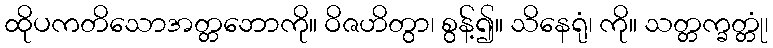
ထိုပကတိသောအတ္တဘောကို။ ဝိဇဟိတွာ၊ စွန့်၍။ သိနေရုံ၊ ကို။ သတ္တက္ခတ္တုံ၊